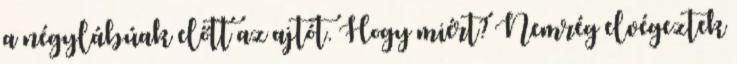
a négylábúak előtt az ajtót. Hogy miért? Nemrég elvégeztek